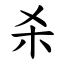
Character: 杀